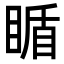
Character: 瞃